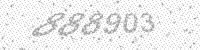
Solution: 888903